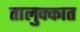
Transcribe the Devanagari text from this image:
तालुक्कात